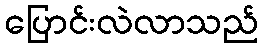
ပြောင်းလဲလာသည်